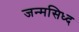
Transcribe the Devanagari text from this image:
जन्मसिध्द